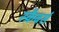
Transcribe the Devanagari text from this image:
स्क्रैबर्स